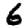
Digit: 6